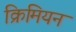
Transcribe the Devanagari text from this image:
क्रिमियन